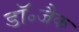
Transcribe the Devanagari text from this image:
डॉ॰जैक